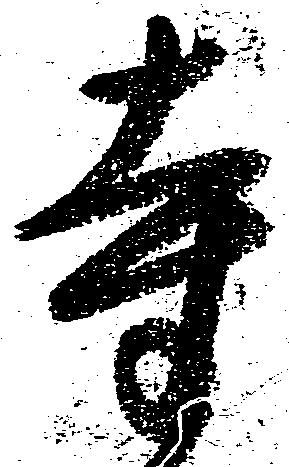
寺